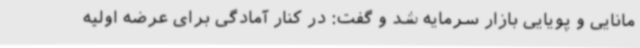
مانایی و پویایی بازار سرمایه شد و گفت: در کنار آمادگی برای عرضه اولیه